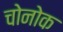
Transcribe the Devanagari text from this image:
चोनोक